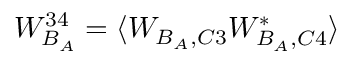
W _ { B _ { A } } ^ { 3 4 } = \langle W _ { B _ { A } , C 3 } W _ { B _ { A } , C 4 } ^ { * } \rangle